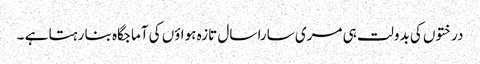
درختوں کی بدولت ہی مری سارا سال تازہ ہواؤں کی آماجگاہ بنا رہتا ہے ۔